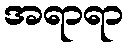
အရာရာ